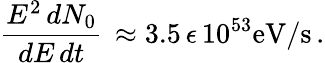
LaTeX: \frac{E^{2}\, dN_{0}}{dE\, dt}\, \approx 3.5\, \epsilon\, 10^{53}\mathrm{eV/s}\, .